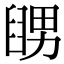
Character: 𦦊